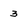
Character: 3